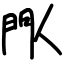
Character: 閄